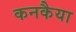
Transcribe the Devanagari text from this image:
कनकैया